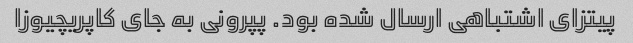
پیتزای اشتباهی ارسال شده بود. پپرونی به جای کاپریچیوزا